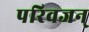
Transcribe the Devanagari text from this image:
परिवजन्